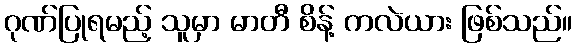
ဂုဏ်ပြုရမည့် သူမှာ မာတီ စိန့် ကလဲယား ဖြစ်သည်။